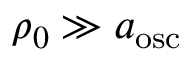
\rho _ { 0 } \gg a _ { \mathrm { o s c } }